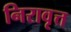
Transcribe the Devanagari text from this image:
निरावृत्त